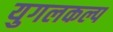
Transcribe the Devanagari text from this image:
युगलकल्प